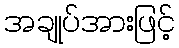
အချုပ်အားဖြင့်